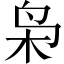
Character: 枭